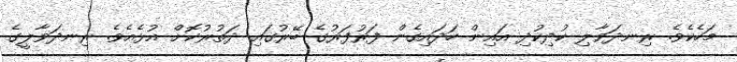
މަހެކެވެ. ރިނދަވާލި ކުދިކުދި އައިން ހަދައިގެން ފަރުފަރުގެ ބޭރުގައި ދަތުރުކޮށް އުޅެއެވެ. ރިނދަވާލީގެ